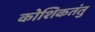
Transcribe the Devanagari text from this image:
कोशिकतंतु